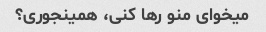
میخوای منو رها کنی، همینجوری؟